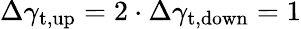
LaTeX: \Delta\gamma_{\mathrm{t,up}}=2\cdot\Delta\gamma_{\mathrm{t,down}}=1